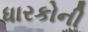
ધારકોની